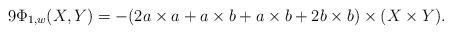
LaTeX: \begin{align*}9\Phi_{1,w}(X,Y)& = -(2a\times a+ a\times b+a\times b+2b\times b)\times (X\times Y).\end{align*}